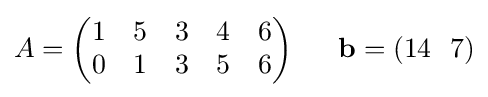
A={\begin{pmatrix}1&5&3&4&6\\0&1&3&5&6\end{pmatrix}}~~~~~\mathbf {b} =(14~~7)